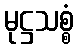
မုဋ္ဌသစ္စံ